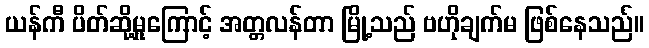
ယန်ကီ ပိတ်ဆို့မှုကြောင့် အတ္တလန်တာ မြို့သည် ဗဟိုချက်မ ဖြစ်နေသည်။